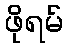
ဖိုရမ်